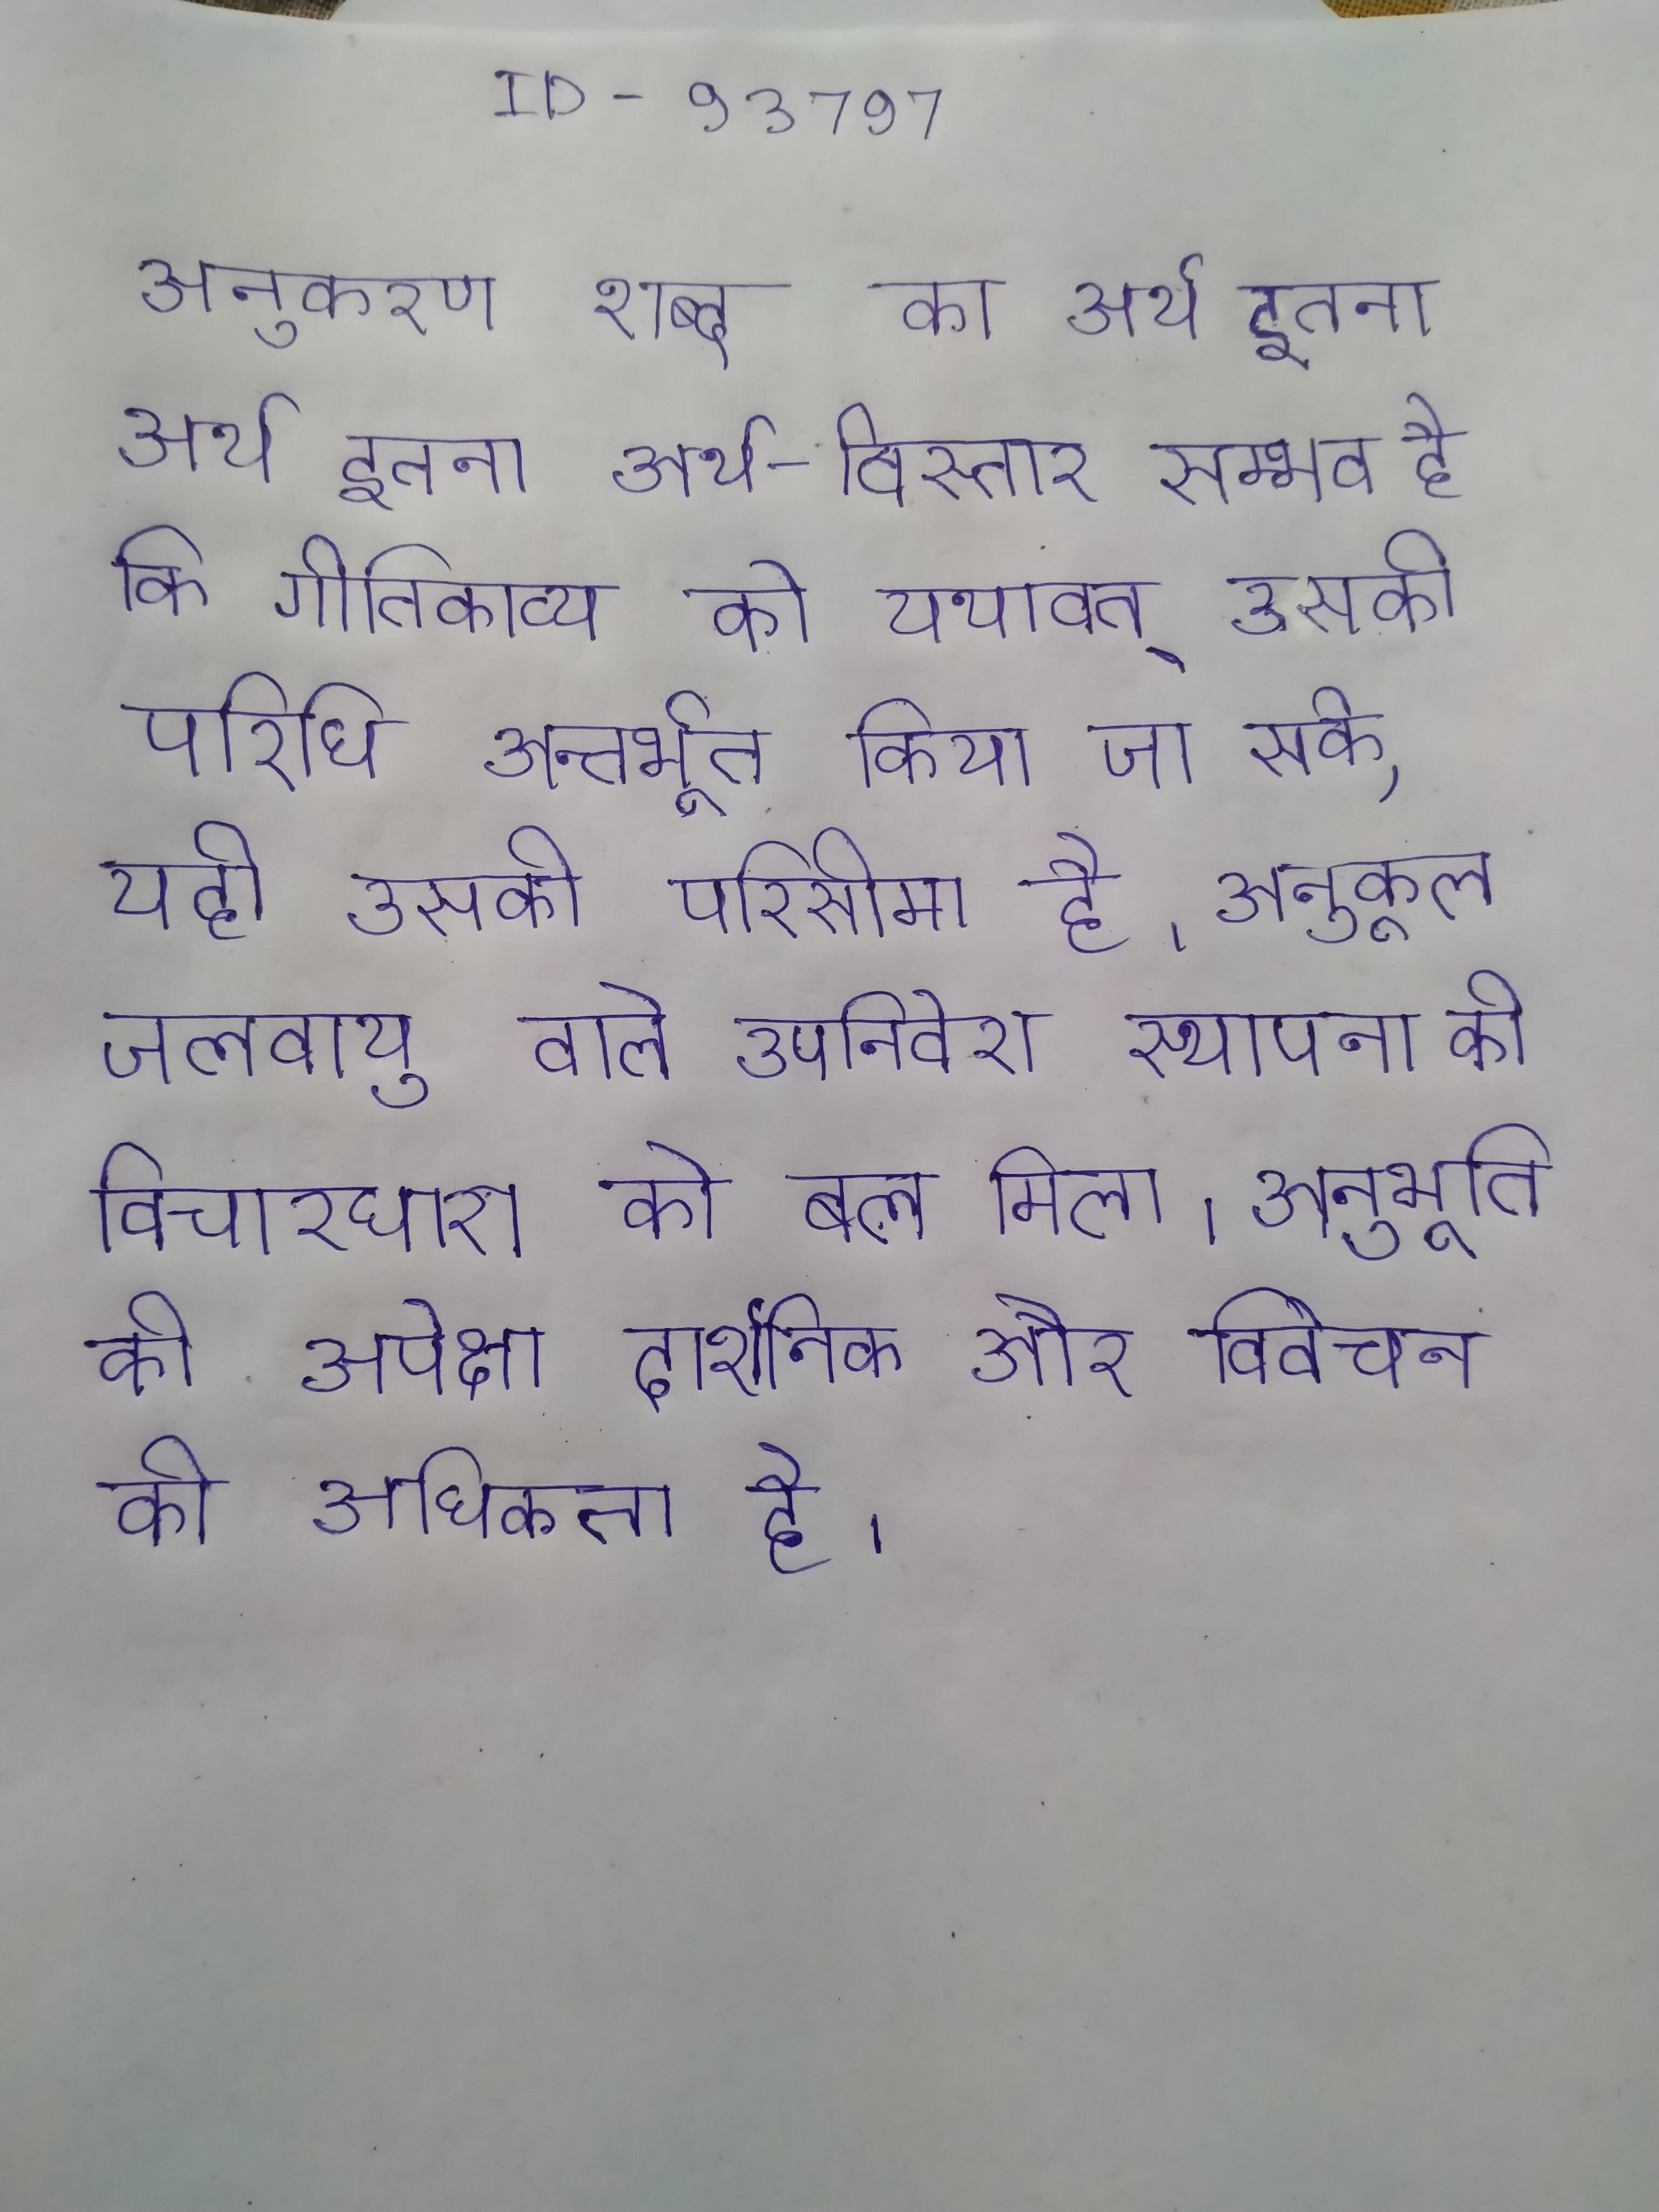
अनुकरण शब्द का अर्थ इतना अर्थ-विस्तार सम्भव है कि गीतिकाव्य को यथावत् उसकी परिधि अन्तर्भूत किया जा सके, यही उसकी परिसीमा है । अनुकूल जलवायु वाले उपनिवेश स्थापना की विचारधारा को बल मिला । अनुभूति की अपेक्षा दार्शनिक और विवेचन की अधिकता है ।